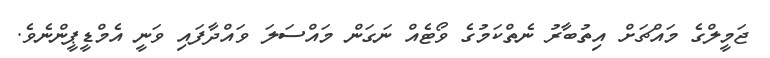
ޖަމީލްގެ މައްޗަށް އިތުބާރު ނެތްކަމުގެ ވޯޓެއް ނަގަން މައްސަލަ ވައްދާފައި ވަނީ އެމްޑީޕީންނެވެ.